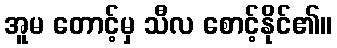
အူမ တောင့်မှ သီလ စောင့်နိုင်၏။